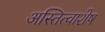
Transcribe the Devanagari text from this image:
अस्तित्वाशेष